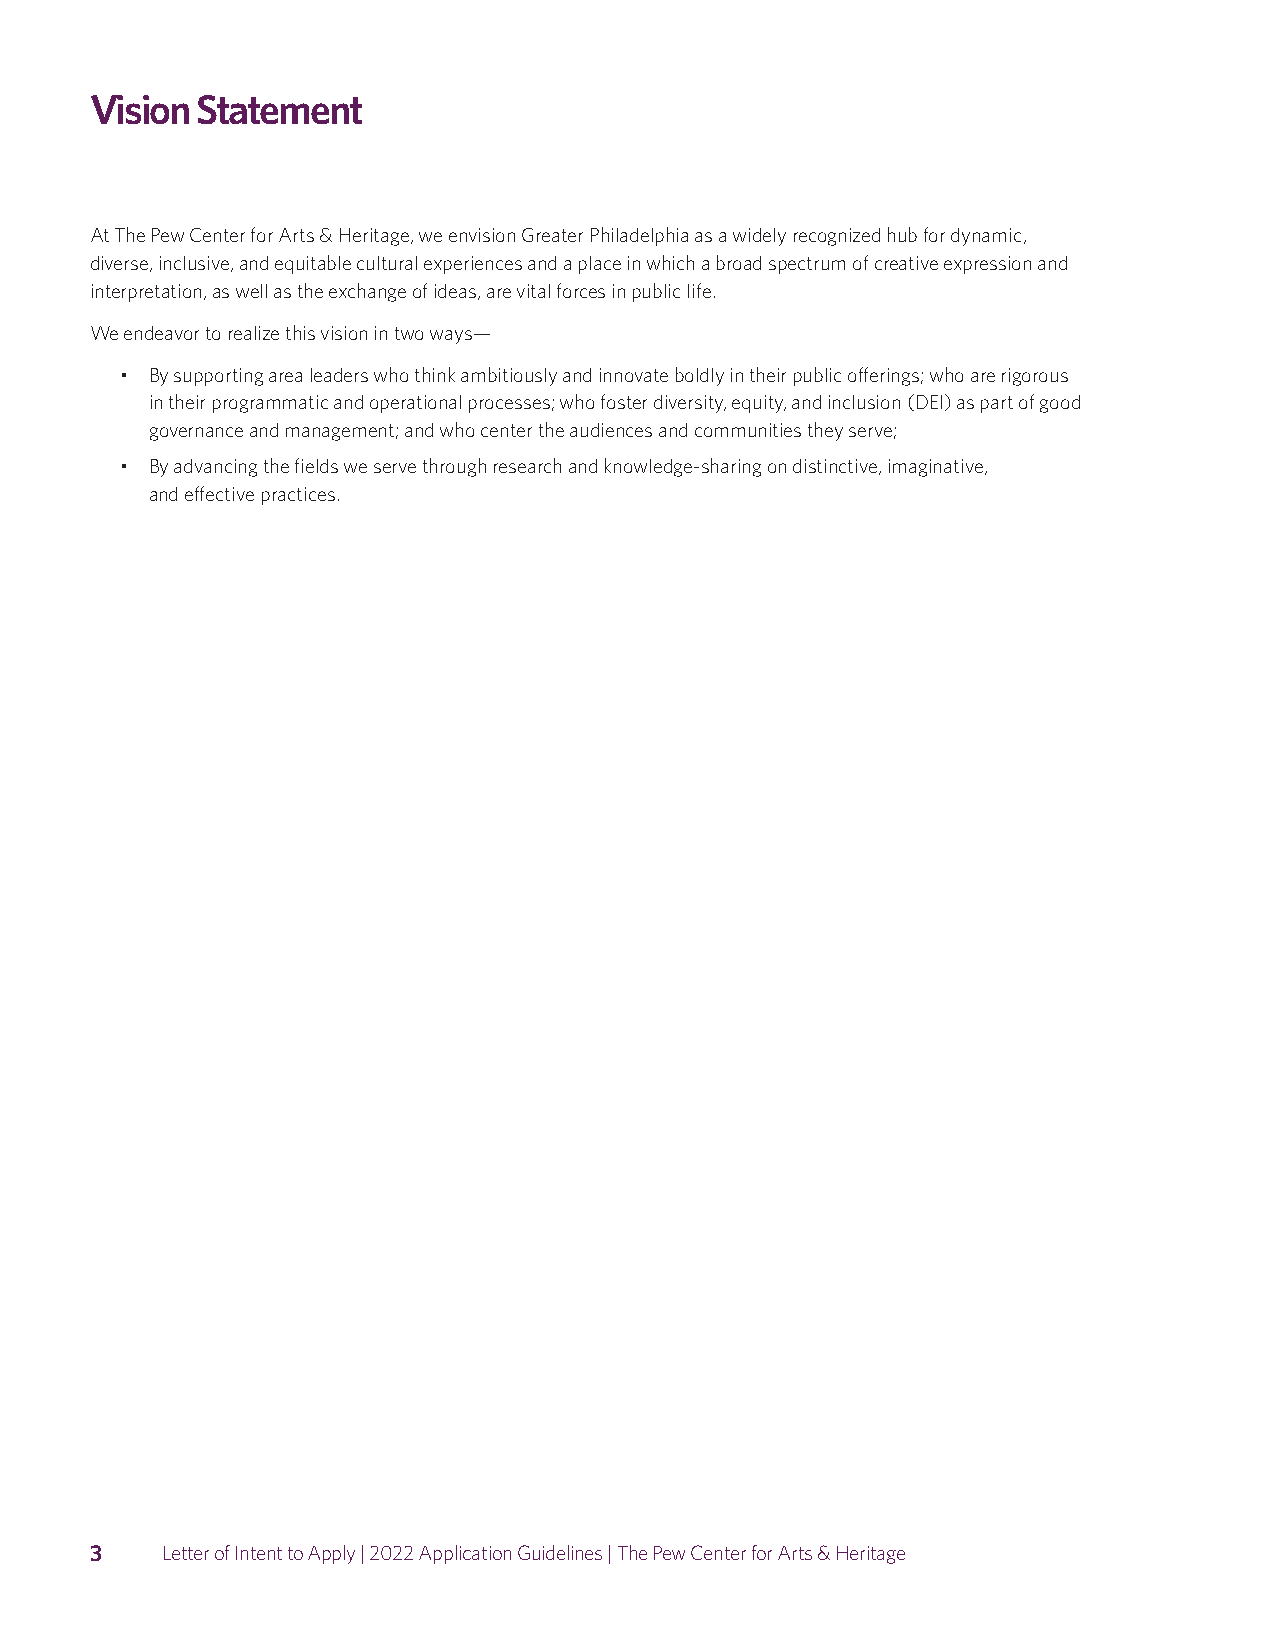
Vision Statement
 At The Pew Center for Arts & Heritage, we envision Greater Philadelphia as a widely recognized hub for dynamic,
 diverse, inclusive, and equitable cultural experiences and a place in which a broad spectrum of creative expression and
 interpretation, as well as the exchange of ideas, are vital forces in public life.
 We endeavor to realize this vision in two ways—
 • By supporting area leaders who think ambitiously and innovate boldly in their public offerings; who are rigorous
 in their programmatic and operational processes; who foster diversity, equity, and inclusion (DEI) as part of good
 governance and management; and who center the audiences and communities they serve;
 • By advancing the fields we serve through research and knowledge-sharing on distinctive, imaginative,
 and effective practices.
 3    Letter of Intent to Apply | 2022 Application Guidelines | The Pew Center for Arts & Heritage